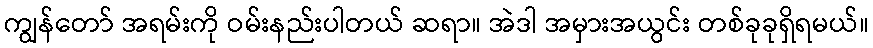
ကျွန်တော် အရမ်းကို ဝမ်းနည်းပါတယ် ဆရာ။ အဲဒါ အမှားအယွင်း တစ်ခုခုရှိရမယ်။